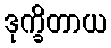
ဒုက္ခိတာယ